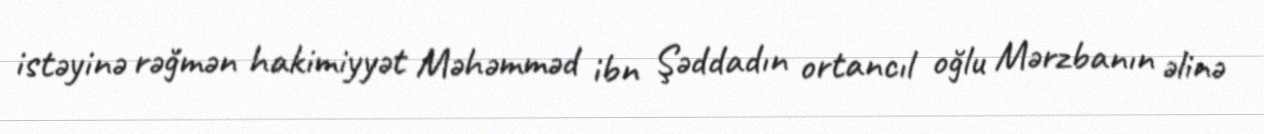
istəyinə rəğmən hakimiyyət Məhəmməd ibn Şəddadın ortancıl oğlu Mərzbanın əlinə